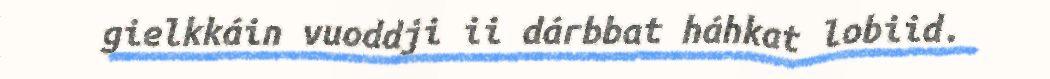
gielkkáin vuoddji ii dárbbat háhkat lobiid.